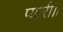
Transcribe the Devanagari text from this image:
प्यारी।।